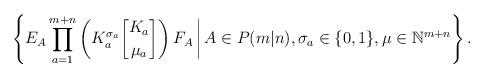
LaTeX: \begin{align*} \left\{ E_A\prod_{a=1}^{m+n}\left(K_a^{\sigma_a} {K_a\brack \mu_a}\right) F_A \,\bigg|\, A\in P(m|n),\sigma_a\in\{0,1\},\mu\in \mathbb N^{m+n}\right \}. \end{align*}